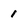
Character: 1